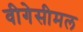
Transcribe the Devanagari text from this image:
वीगेसीमल